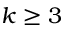
k \ge 3